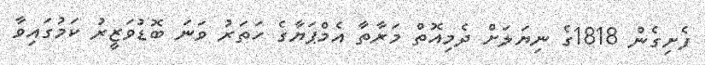
ފެށިގެން 1818ގެ ނިޔަލަށް ދެމިއޮތް މަރާތާ އެމްޕަޔާގެ ހަތަރު ވަނަ ބޮޑުވަޒީރު ކަމުގައިވާ